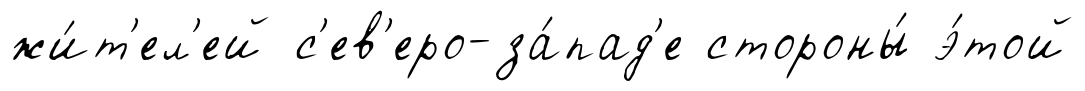
жи́т'ел'ей с'ев'еро-за́пад'е стороны́ э́той